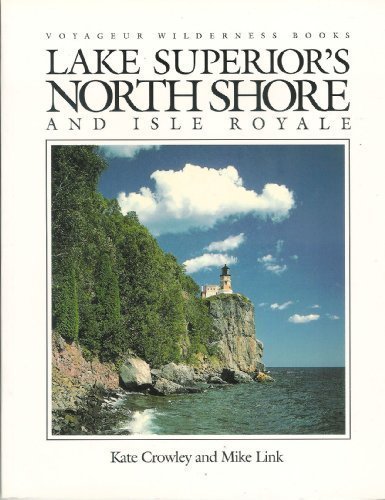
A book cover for Lake Superior's North Shore and Isle Royale (Voyageur Wilderness Books); Kate Crowley; Travel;